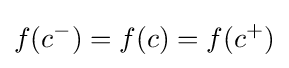
f(c^{-})=f(c)=f(c^{+})